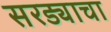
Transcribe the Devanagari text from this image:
सरड्याचा